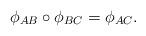
LaTeX: \begin{align*}\phi_{AB} \circ \phi_{BC}= \phi_{AC}.\end{align*}